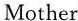
Mother